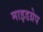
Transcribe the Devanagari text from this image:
माइडग्रेप